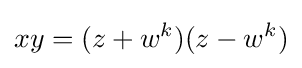
xy=(z+w^{k})(z-w^{k})